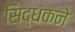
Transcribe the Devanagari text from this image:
सिद्धंकने